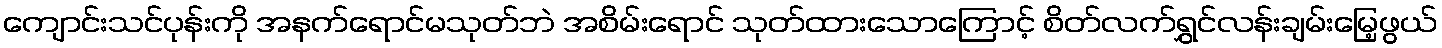
ကျောင်းသင်ပုန်းကို အနက်ရောင်မသုတ်ဘဲ အစိမ်းရောင် သုတ်ထားသောကြောင့် စိတ်လက်ရွှင်လန်းချမ်းမြေ့ဖွယ်